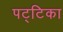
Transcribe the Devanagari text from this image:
पट्‌टिका